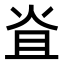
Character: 𤇙